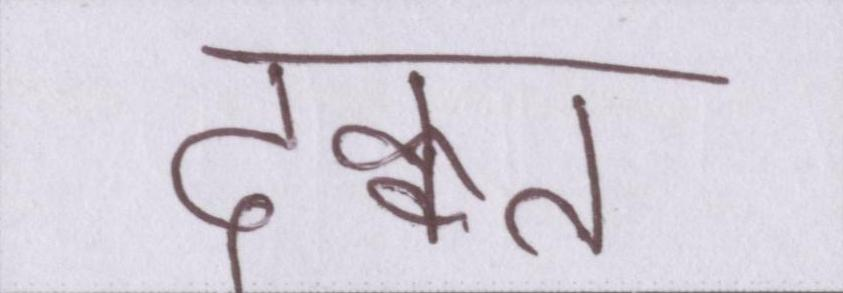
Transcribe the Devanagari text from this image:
दिक्कत